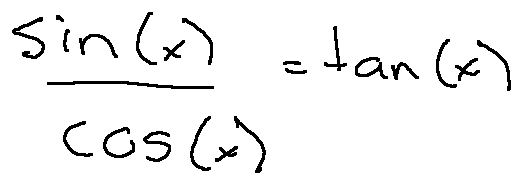
\frac { \sin ( x ) } { \cos ( x ) } = \tan ( x )